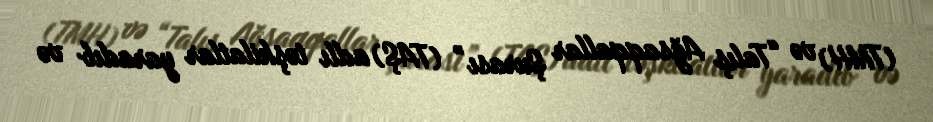
(TMH) və “Talış Ağsaqqallar Şurası” (TAŞ) adlı təşkilatlar yaradıb və